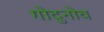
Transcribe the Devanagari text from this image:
गोदुनोव